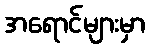
အရောင်များမှာ